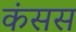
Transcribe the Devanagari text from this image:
कंसस